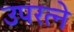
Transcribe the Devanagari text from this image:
उपरत्‍ने